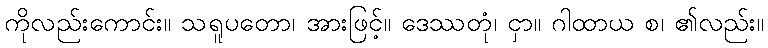
ကိုလည်းကောင်း။ သရူပတော၊ အားဖြင့်။ ဒေဿတုံ၊ ငှာ။ ဂါထာယ စ၊ ၏လည်း။